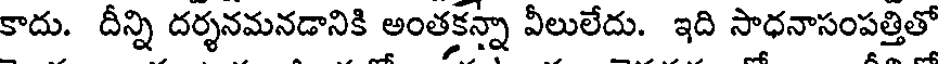
కాదు. దీన్ని దర్శనమనడానికి అంతకన్నా వీలులేదు. ఇది సాధనాసంపత్తితో